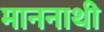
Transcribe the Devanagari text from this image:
माननाथी